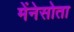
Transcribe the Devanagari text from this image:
मेंनेसोता